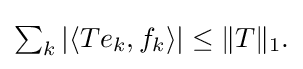
{\textstyle \sum _{k}\left|\left\langle Te_{k},f_{k}\right\rangle \right|\leq \|T\|_{1}.}